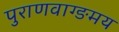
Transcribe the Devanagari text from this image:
पुराणवाग्ङमय